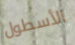
الأسطول